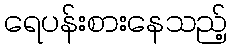
ရေပန်းစားနေသည့်